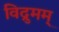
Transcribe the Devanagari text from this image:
विद्रुमम्